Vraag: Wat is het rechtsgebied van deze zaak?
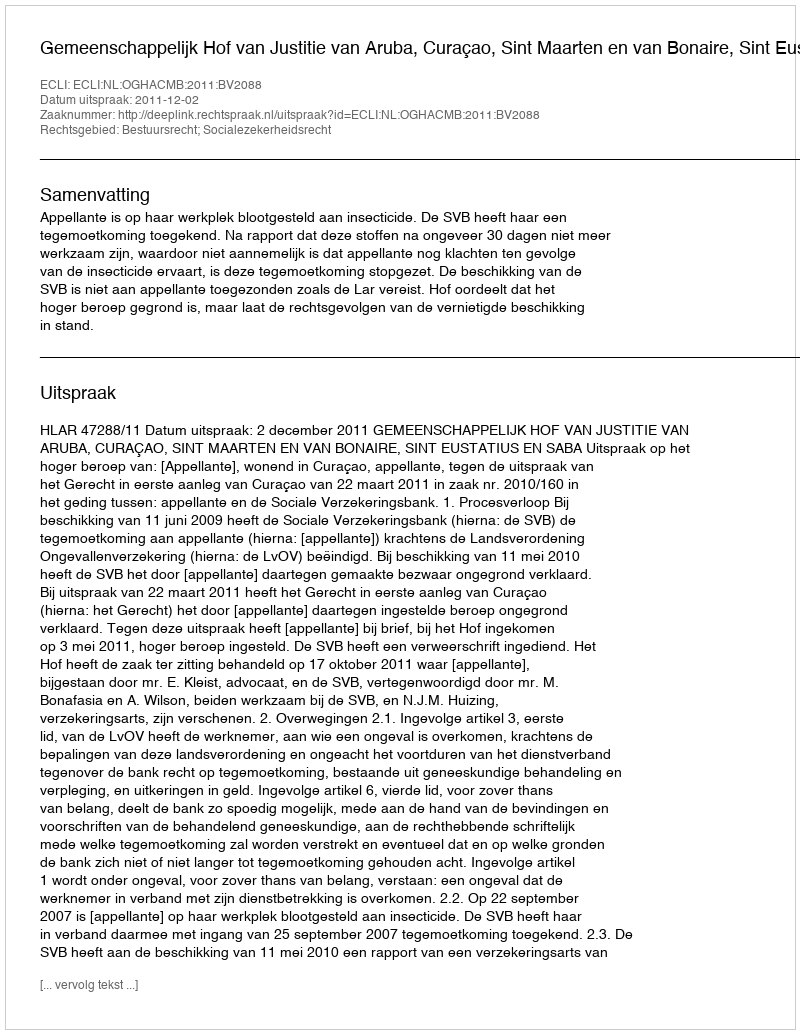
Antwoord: Bestuursrecht; Socialezekerheidsrecht